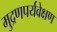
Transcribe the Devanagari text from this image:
मुद्रणपर्यवेक्षण